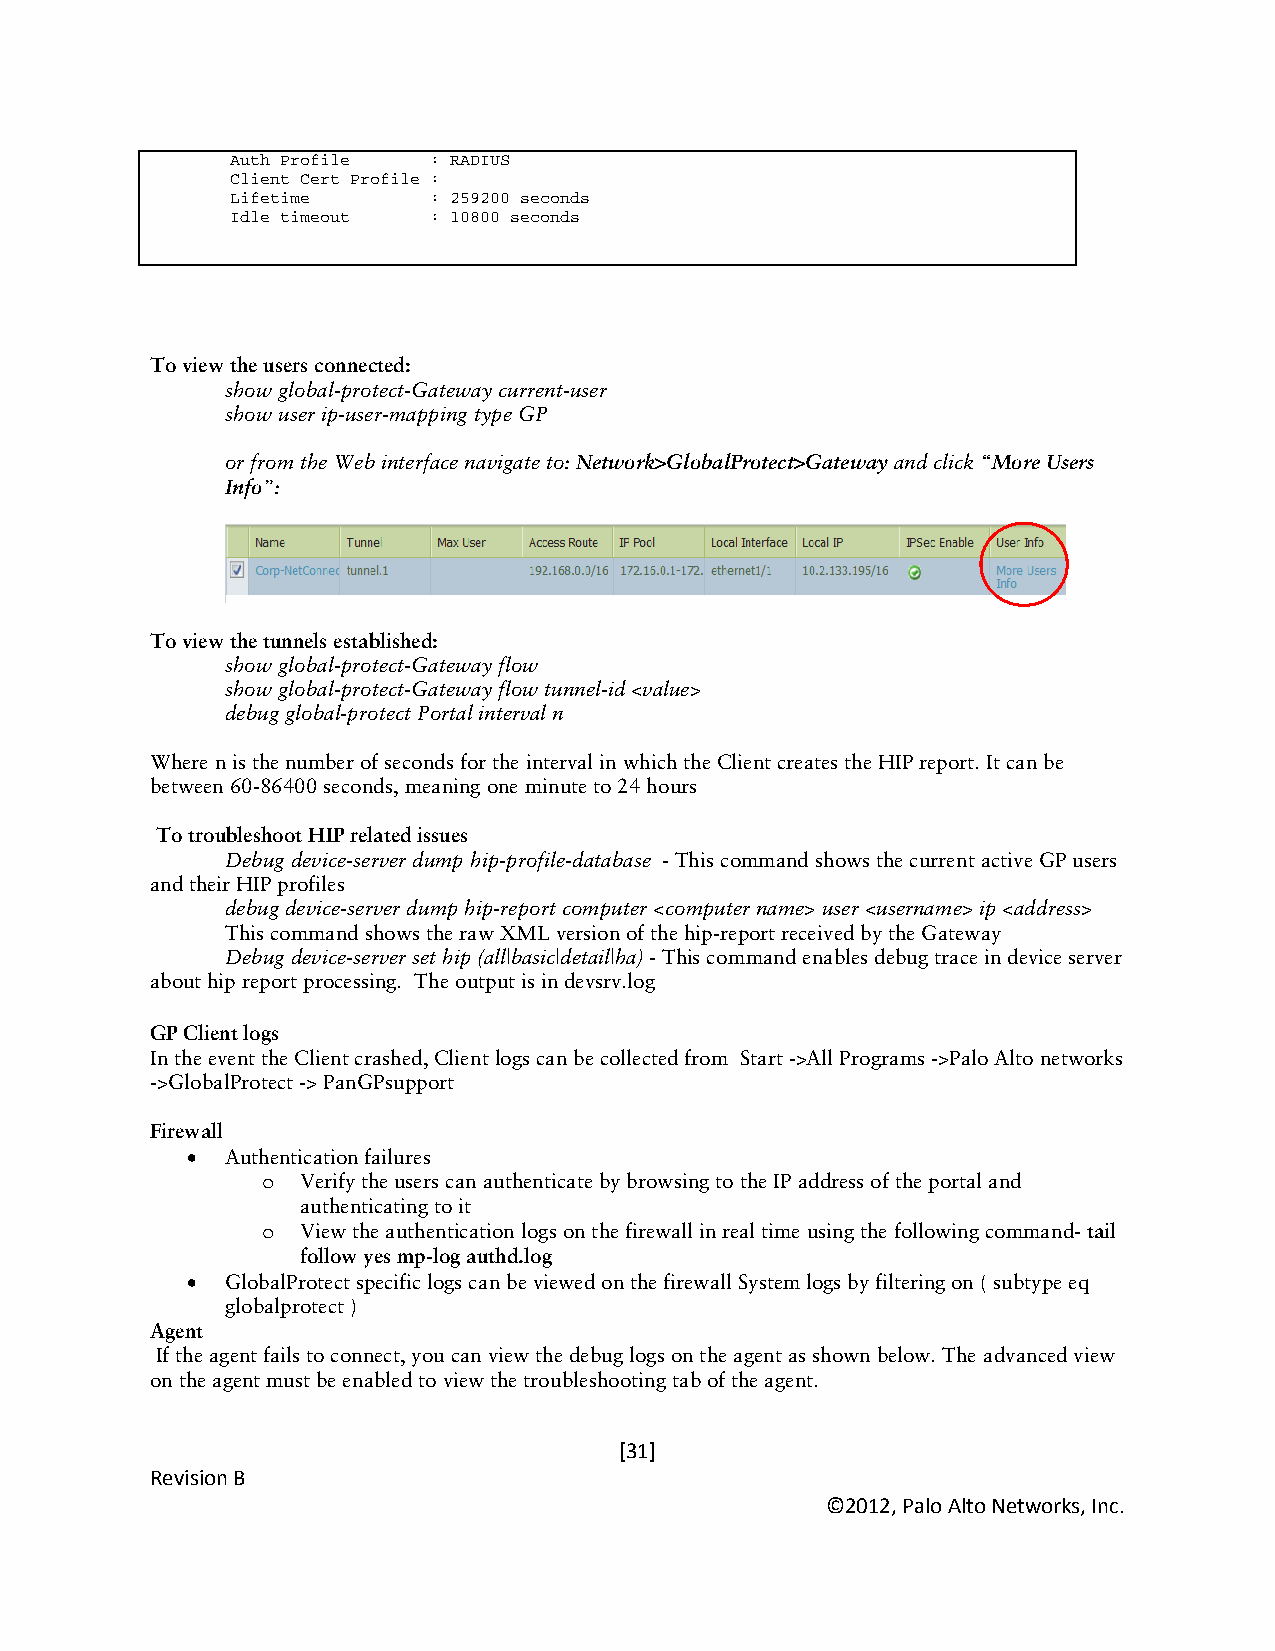
Auth Profile : RADIUS
 Client Cert Profile :
 Lifetime     : 259200 seconds
 Idle timeout : 10800 seconds
 To view the users connected:
 show global-protect-Gateway current-user
 show user ip-user-mapping type GP
 or from the Web interface navigate to: Network>GlobalProtect>Gateway and click “More Users
 Info”:
 To view the tunnels established:
 show global-protect-Gateway flow
 show global-protect-Gateway flow tunnel-id <value>
 debug global-protect Portal interval n
 Where n is the number of seconds for the interval in which the Client creates the HIP report. It can be
 between 60-86400 seconds, meaning one minute to 24 hours
 To troubleshoot HIP related issues
 Debug device-server dump hip-profile-database - This command shows the current active GP users
 and their HIP profiles
 debug device-server dump hip-report computer <computer name> user <username> ip <address>
 This command shows the raw XML version of the hip-report received by the Gateway
 Debug device-server set hip (all|basic|detail|ha) - This command enables debug trace in device server
 about hip report processing. The output is in devsrv.log
 GP Client logs
 In the event the Client crashed, Client logs can be collected from Start ->All Programs ->Palo Alto networks
 ->GlobalProtect -> PanGPsupport
 Firewall
 •  Authentication failures
 Verify the users can authenticate by browsing to the IP address of the portal and
 o
 authenticating to it
 View the authentication logs on the firewall in real time using the following command- tail
 o
 follow yes mp-log authd.log
 •  GlobalProtect specific logs can be viewed on the firewall System logs by filtering on ( subtype eq
 globalprotect )
 Agent
 If the agent fails to connect, you can view the debug logs on the agent as shown below. The advanced view
 on the agent must be enabled to view the troubleshooting tab of the agent.
 [31]
 Revision B
 ©2012, Palo Alto Networks, Inc.